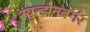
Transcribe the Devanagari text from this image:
श्युत्झेनबर्गर